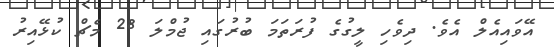
އޭވައިއެލް އެވެ. ދިވެހި ލީގުގެ ފުރަތަމަ ބުރުގައި ޖުމްލަ 28 މެޗް ކުޅޭއިރު